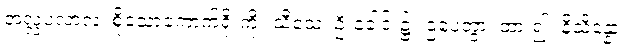
အလ္လပလာလံ၊ စိုသောကောက်ရိုးကို။ သီသေ၊ ဦးခေါင်း၌။ ဌပေတွာ၊ ထား၍။ နိသိန္နော၊